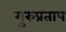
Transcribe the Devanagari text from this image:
गुरुप्रताप